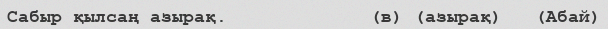
Сабыр қылсаң азырақ.             (в) (азырақ)   (Абай)